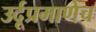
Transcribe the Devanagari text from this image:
उर्दूप्रमाणेच